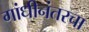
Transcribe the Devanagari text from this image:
गांधीनंतरचा